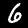
Digit: 6